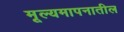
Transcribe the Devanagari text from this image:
मूल्यमापनातील